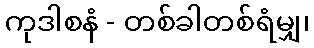
ကုဒါစနံ - တစ်ခါတစ်ရံမျှ၊